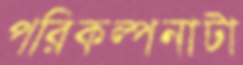
পরিকল্পনাটা